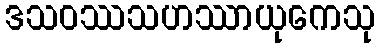
ဒသဝဿသဟဿာယုကေသု